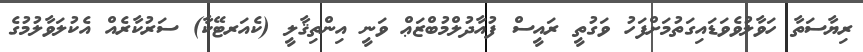
ރިޔާސަތާ ހަވާލުވެވަޑައިގަތުމަށްފަހު ވަގުތީ ރައީސް ފުއާދުލްމުބްޒަޢް ވަނީ އިންތިޤާލީ (ކެއަރޓޭކާ) ސަރުކާރެއް އެކުލަވާލުމުގެ